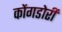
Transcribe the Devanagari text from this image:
कोंगडोरी